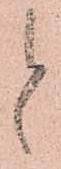
と